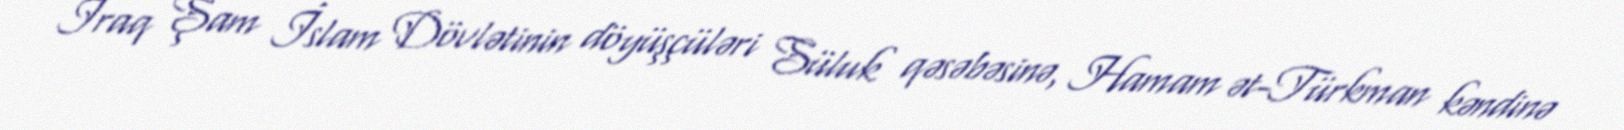
İraq Şam İslam Dövlətinin döyüşçüləri Süluk qəsəbəsinə, Hamam ət-Türkman kəndinə